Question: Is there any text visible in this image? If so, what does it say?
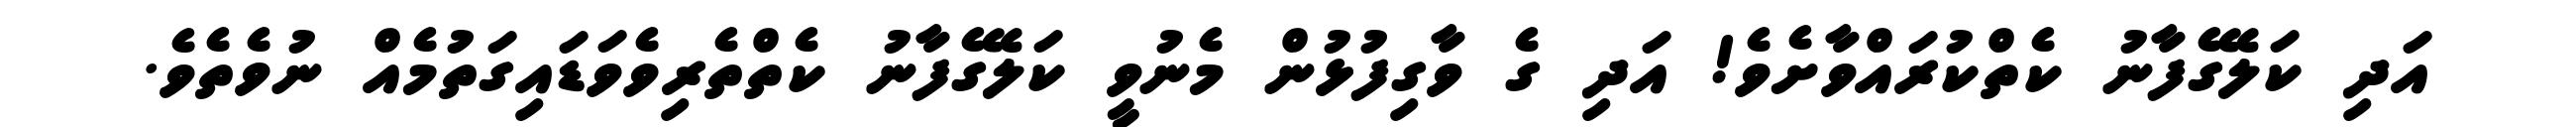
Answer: އަދި ކަލޭގެފާނު ކެތްކުރައްވާށެވެ! އަދި ގެ ވާގިފުޅުން މެނުވީ ކަލޭގެފާނު ކެތްތެރިވެވަޑައިގަތުމެއް ނުވެތެވެ.